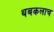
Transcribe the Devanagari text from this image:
थबकलाच